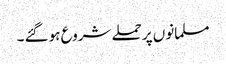
مسلمانوں پر حملے شروع ہو گئے ۔